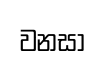
වනසා